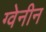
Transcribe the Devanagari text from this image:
ग्वेनीन